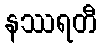
နဿရတီ